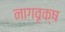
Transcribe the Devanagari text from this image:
नागवृक्ष